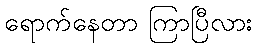
ရောက်နေတာ ကြာပြီလား